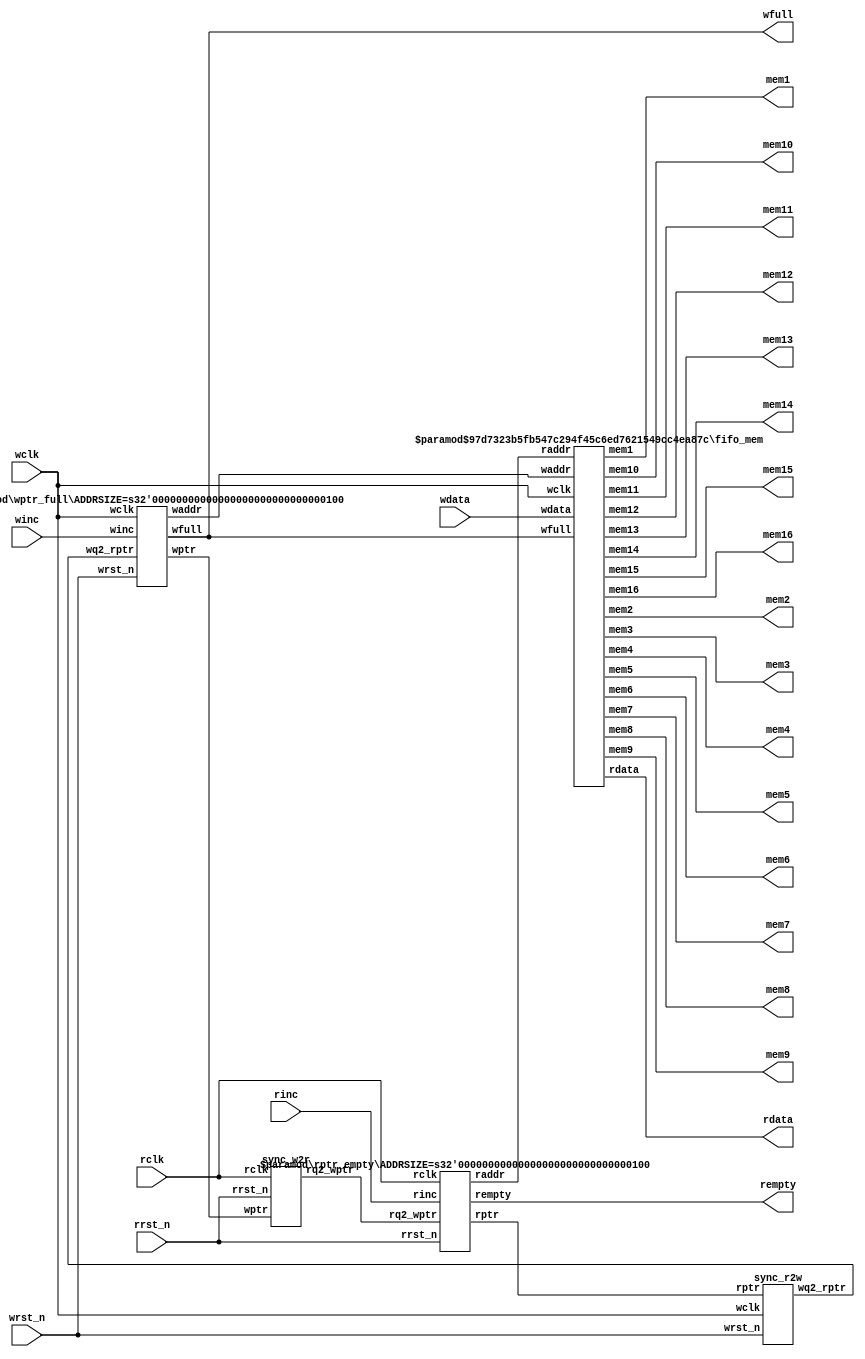
module fifo5 #(parameter DSIZE = 8,parameter datasize =8,
parameter ASIZE = 4)
(output [DSIZE-1:0] rdata,
output wfull,
output rempty,
input [DSIZE-1:0] wdata,
input winc, wclk, wrst_n,
input rinc, rclk, rrst_n,output [datasize-1:0] mem1,output [datasize-1:0] mem2, output [datasize-1:0] mem3,output [datasize-1:0] mem4,output [datasize-1:0] mem5,
output [datasize-1:0] mem6,output [datasize-1:0] mem7,output [datasize-1:0] mem8,output [datasize-1:0] mem9, output [datasize-1:0] mem10,output [datasize-1:0] mem11,
output [datasize-1:0] mem12,
output [datasize-1:0] mem13,output [datasize-1:0] mem14,output [datasize-1:0] mem15,output [datasize-1:0] mem16);

 wire [ASIZE-1:0] waddr, raddr;
 wire [ASIZE:0] wptr, rptr, wq2_rptr, rq2_wptr;
 
 sync_r2w sync_r2w (.wq2_rptr(wq2_rptr), .rptr(rptr), .wclk(wclk), .wrst_n(wrst_n));
 sync_w2r sync_w2r (.rq2_wptr(rq2_wptr), .wptr(wptr),.rclk(rclk), .rrst_n(rrst_n));
 
 fifo_mem #(DSIZE, ASIZE) fifo_mem(.rdata(rdata), .wdata(wdata),.waddr(waddr), .raddr(raddr),
.wfull(wfull),.wclk(wclk),.mem1(mem1),.mem2(mem2),.mem3(mem3),.mem4(mem4),.mem5(mem5),.mem6(mem6),.mem7(mem7),.mem8(mem8),.mem9(mem9),.mem10(mem10),.mem11(mem11),.mem12(mem12),.mem13(mem13),.mem14(mem14),.mem15(mem15),.mem16(mem16));

 rptr_empty #(ASIZE) rptr_empty(.rempty(rempty),.raddr(raddr),.rptr(rptr), .rq2_wptr(rq2_wptr),
.rclk(rclk),.rrst_n(rrst_n),.rinc(rinc));

 wptr_full #(ASIZE) wptr_full(.wfull(wfull), .waddr(waddr),.wptr(wptr), .wq2_rptr(wq2_rptr),
.wclk(wclk),.wrst_n(wrst_n),.winc(winc));

endmodule
module fifo_mem#( parameter datasize =8,
parameter addrsize =4)
(output [datasize-1:0] rdata,
 input [datasize-1:0] wdata,
 input [addrsize-1:0] waddr, raddr,
input   wfull, wclk,output reg [datasize-1:0] mem1,output reg [datasize-1:0] mem2, output reg  [datasize-1:0] mem3,output reg [datasize-1:0] mem4,output reg [datasize-1:0] mem5,
output reg [datasize-1:0] mem6,output reg [datasize-1:0] mem7,output reg [datasize-1:0] mem8,output reg [datasize-1:0] mem9, output reg [datasize-1:0] mem10,output reg [datasize-1:0] mem11,
output reg [datasize-1:0] mem12,
output reg [datasize-1:0] mem13,output reg [datasize-1:0] mem14,output reg [datasize-1:0] mem15,output reg [datasize-1:0] mem16);
 
 //localparam depth=1<<addrsize;
localparam depth=16;
integer i;
 reg [datasize-1:0] mem[0: depth-1];
 assign rdata = mem[raddr];
always @(posedge wclk) begin
mem1 <= mem[0];mem2 <= mem[1];mem3 <= mem[2];mem4 <= mem[3];mem5 <= mem[4];mem6 <= mem[5];mem7 <= mem[6];mem8 <= mem[7];mem9 <= mem[8];mem10 <= mem[9];mem11 <= mem[10];mem12 <= mem[11];mem13 <= mem[12];mem14 <= mem[13];mem15 <= mem[14];mem16 <= mem[15];


end
 always @(posedge wclk)
 if ( !wfull)
 mem[waddr]<=wdata;
 endmodule
 
 module sync_r2w #(parameter addrsize=4)
(output reg [addrsize:0] wq2_rptr,
input [addrsize:0] rptr,
input wclk, wrst_n);
reg [addrsize:0] wq1_rptr;
always @ (posedge wclk or negedge wrst_n)
if(!wrst_n)
begin
wq1_rptr<=0;
wq2_rptr<=0;
end
else
begin
{wq2_rptr ,wq1_rptr}<={wq1_rptr,rptr};

end
endmodule
module sync_w2r #(parameter addrsize=4)
(output reg [addrsize:0] rq2_wptr,
input [addrsize:0] wptr,
input rclk, rrst_n);
reg [addrsize:0] rq1_wptr;
always @ (posedge rclk or negedge rrst_n)
if(!rrst_n)
begin
rq1_wptr<=0;
rq2_wptr<=0;
end
else
begin
{rq2_wptr , rq1_wptr}<={rq1_wptr, wptr};

end
endmodule


module rptr_empty #(parameter ADDRSIZE = 4)
(output reg rempty,
output [ADDRSIZE-1:0] raddr,
output reg [ADDRSIZE :0] rptr,
input [ADDRSIZE :0] rq2_wptr,
input rinc, rclk, rrst_n);
reg [ADDRSIZE:0] rbin;
wire [ADDRSIZE:0] rgraynext, rbinnext;
//-------------------
// GRAYSTYLE2 pointer
//-------------------
always @(posedge rclk or negedge rrst_n)
if (!rrst_n) {rbin, rptr} <= 0;
else {rbin, rptr} <= {rbinnext, rgraynext};
// Memory read-address pointer (okay to use binary to address memory)
assign raddr = rbin[ADDRSIZE-1:0];
assign rbinnext = rbin + (rinc & ~rempty);
assign rgraynext = (rbinnext>>1) ^ rbinnext;
//---------------------------------------------------------------
// FIFO empty when the next rptr == synchronized wptr or on reset
//---------------------------------------------------------------
assign rempty_val = (rgraynext == rq2_wptr);
always @(posedge rclk or negedge rrst_n)
if (!rrst_n) rempty <= 1'b1;
else rempty <= rempty_val;
endmodule
module wptr_full #(parameter ADDRSIZE = 4)
(output reg wfull,
output [ADDRSIZE-1:0] waddr,
output reg [ADDRSIZE :0] wptr,
input [ADDRSIZE :0] wq2_rptr,
input winc, wclk, wrst_n);
reg [ADDRSIZE:0] wbin;
wire [ADDRSIZE:0] wgraynext, wbinnext;
// GRAYSTYLE2 pointer
always @(posedge wclk or negedge wrst_n)
if (!wrst_n) {wbin, wptr} <= 0;
else {wbin, wptr} <= {wbinnext, wgraynext};
// Memory write-address pointer (okay to use binary to address memory)
assign waddr = wbin[ADDRSIZE-1:0];
assign wbinnext = wbin + (winc & ~wfull);
assign wgraynext = (wbinnext>>1) ^ wbinnext;
//------------------------------------------------------------------
// Simplified version of the three necessary full-tests:
// assign wfull_val=((wgnext[ADDRSIZE] !=wq2_rptr[ADDRSIZE] ) &&
// (wgnext[ADDRSIZE-1] !=wq2_rptr[ADDRSIZE-1]) &&
// (wgnext[ADDRSIZE-2:0]==wq2_rptr[ADDRSIZE-2:0]));
//------------------------------------------------------------------
assign wfull_val = (wgraynext=={~wq2_rptr[ADDRSIZE:ADDRSIZE-1],
wq2_rptr[ADDRSIZE-2:0]});
always @(posedge wclk or negedge wrst_n)
if (!wrst_n) wfull <= 1'b0;
else wfull <= wfull_val;
endmodule

module tb();
reg [7:0] wdata;
reg wclk, wrst_n, rclk, rrst_n,winc,rinc;
wire rempty,wfull;
wire [7:0] rdata;
integer idx;
wire[7:0] mem_16; wire[7:0] mem_1; wire[7:0] mem_2; wire[7:0] mem_3; wire[7:0] mem_4; wire[7:0] mem_5; wire[7:0] mem_6; wire[7:0] mem_7; wire[7:0] mem_8; wire[7:0] mem_9; wire[7:0] mem_10; wire[7:0] mem_11; wire[7:0] mem_12; wire[7:0] mem_13; wire[7:0] mem_14; wire[7:0] mem_15; 
fifo5 dut(.wdata(wdata),.wclk(wclk),.wrst_n(wrst_n),.rclk(rclk),.rrst_n(rrst_n),.rempty(rempty),.wfull(wfull),.rdata(rdata),.winc(winc),.rinc(rinc),  .mem1(mem_1),  .mem2(mem_2),  .mem3(mem_3),  .mem4(mem_4),  .mem5(mem_5),  .mem6(mem_6),  .mem7(mem_7),  .mem8(mem_8),  .mem9(mem_9),  .mem10(mem_10),  .mem11(mem_11),  .mem12(mem_12),  .mem13(mem_13),  .mem14(mem_14),  .mem15(mem_15),  .mem16(mem_16));

 initial begin
 wclk=0;
 rclk=0;
 
 end
 
 initial begin
 rrst_n=0;#10;rrst_n=1;
 wrst_n=0;#10;wrst_n=1;
 end
 
 always@(wclk)
 begin
 #10 wclk<=~wclk;
 end
 
  always@(rclk)
 begin
 #18 rclk<=~rclk;
 end
 
 initial begin
   wdata=0;
winc=0;
 rinc=0;
 #150;

   wdata=8'h1;
winc=1;
#10 winc=0;
#10

   wdata=8'h2;
winc=1;
#10 winc=0;
#10

   wdata=8'h3;
winc=1;
#10 winc=0;
#10

   wdata=8'h4;
winc=1;
#10 winc=0;
#10

   wdata=8'h5;
winc=1;
#10 winc=0;
#10

   wdata=8'h6;
winc=1;
#10 winc=0;
#10


wdata=8'h7;
winc=1;
#10 winc=0;
#10

wdata=8'h8;
winc=1;
#10 winc=0;
#10

 wdata=8'h9;
winc=1;
#10 winc=0;
#10

   wdata=8'h10;
winc=1;
#10 winc=0;
#10

   wdata=8'h11;
winc=1;
#10 winc=0;
#10

   wdata=8'h12;
winc=1;
#10 winc=0;
#10

   wdata=8'h13;
winc=1;
#10 winc=0;
#10

   wdata=8'h14;
winc=1;
#10 winc=0;
#10


 

//read values
#15 rinc=1;
#15 rinc=0;
#15

rinc=1;
#18 rinc=0;
#18

rinc=1;
#18 rinc=0;
#18

rinc=1;
#18 rinc=0;
#18

rinc=1;
#18 rinc=0;
#18

rinc=1;
#18 rinc=0;
#18

rinc=1;
#18 rinc=0;
#18

rinc=1;
#18 rinc=0;
#18

rinc=1;
#18 rinc=0;
#18

rinc=1;
#18 rinc=0;
#18

rinc=1;
#18 rinc=0;
#18

rinc=1;
#18 rinc=0;
#18

rinc=1;
#18 rinc=0;
#18

rinc=1;
#18 rinc=0;
#18

rinc=1;
#18 rinc=0;
#18

rinc=1;
#18 rinc=0;
#18

rinc=1;
#18 rinc=0;
#18

 #100 $finish;
 end
 initial begin
$dumpvars();
end
endmodule